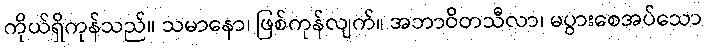
ကိုယ်ရှိကုန်သည်။ သမာနော၊ ဖြစ်ကုန်လျက်။ အဘာဝိတသီလာ၊ မပွားစေအပ်သော